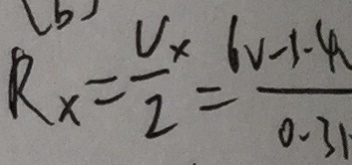
R _ { x } = \frac { V _ { x } } { 2 } = \frac { 6 v - 1 . 4 } { 0 . 3 1 }